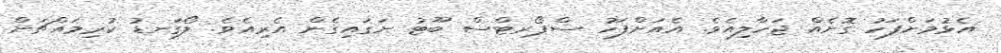
އެޅުމަށްފަހު ގޮށެއް ޖަހާލިއެވެ. އެއަށްފަހު ސްޕޯރޓްސް ބޫޓު ނަގައިގެން އެރިއެވެ. ލޯގަނޑު ކުރިމައްޗަށް